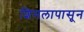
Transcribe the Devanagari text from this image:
शिमलापासून